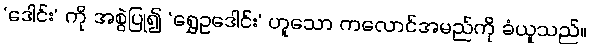
‘ဒေါင်း’ ကို အစွဲပြု၍ ‘ရွှေဥဒေါင်း’ ဟူသော ကလောင်အမည်ကို ခံယူသည်။